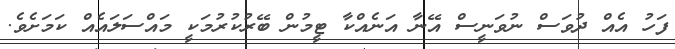
ފަހު އެއް ދުވަސް ނުވަނީސް އޭނާ އަނެއްކާ ޓީމުން ބޭރުކުރުމަކީ މައްސަލައެއް ކަމަށެވެ.